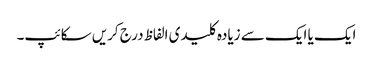
ایک یا ایک سے زیادہ کلیدی الفاظ درج کریں سکائپ۔